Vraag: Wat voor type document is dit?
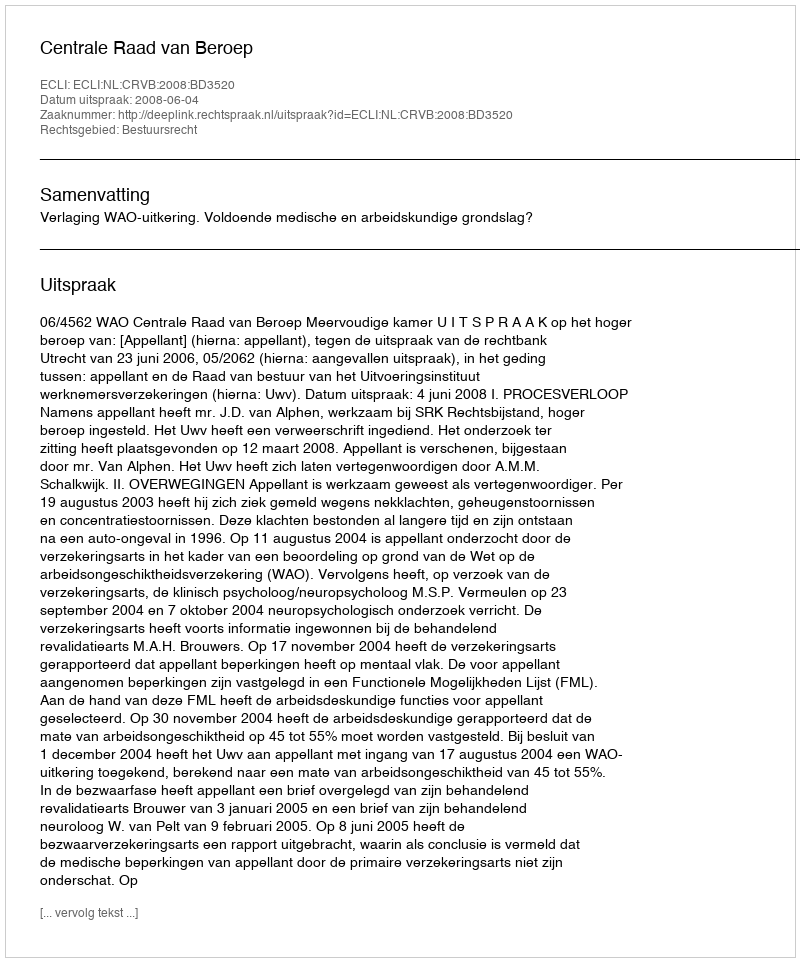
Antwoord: Uitspraak